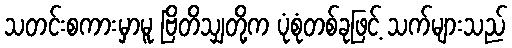
သတင်းစကားမှာမူ ဗြိတိသျှတို့က ပုံစုံတစ်ခုဖြင့် သက်များသည်